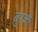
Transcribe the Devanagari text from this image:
बुरक